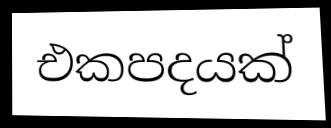
එකපදයක්